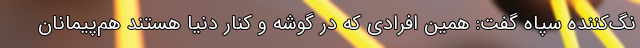
نگ‌کننده سپاه گفت: همین افرادی که در گوشه و کنار دنیا هستند هم‌پیمانان